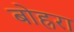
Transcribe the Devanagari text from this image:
बोह्ररा